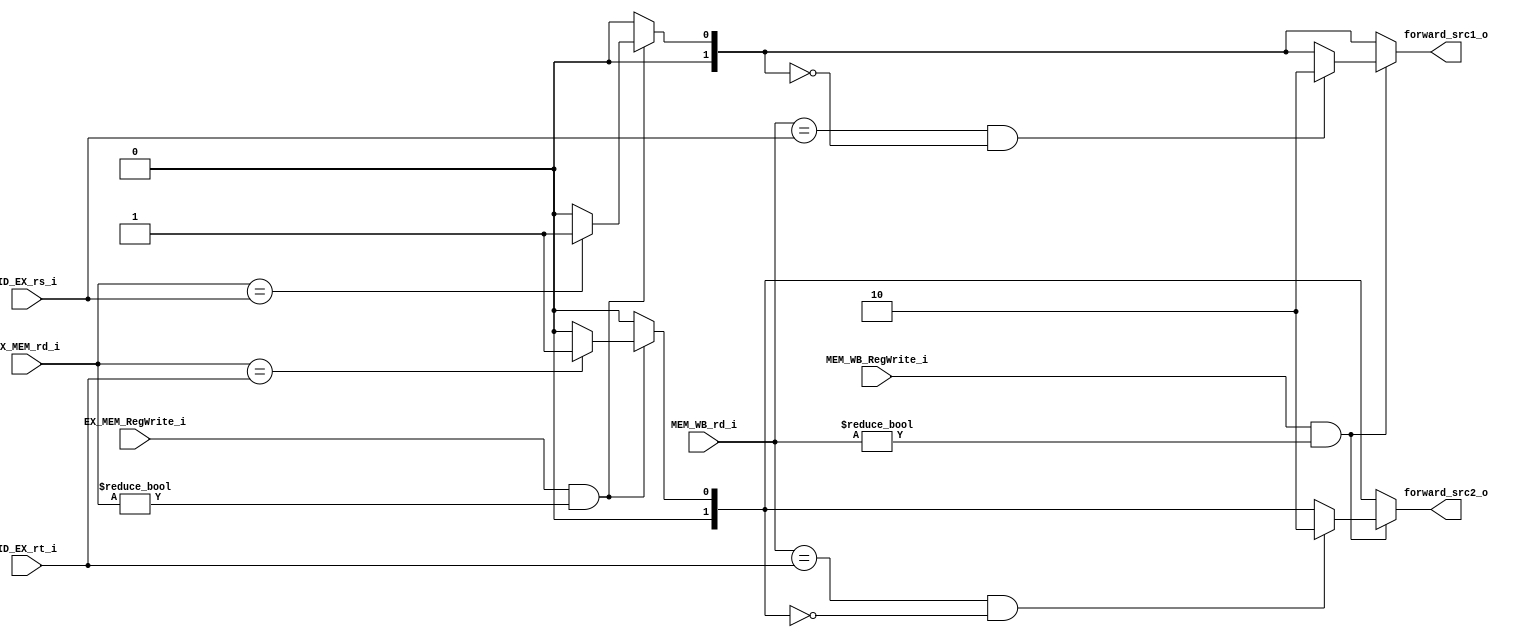
module Forwarding(
	EX_MEM_rd_i,
	EX_MEM_RegWrite_i,
	MEM_WB_rd_i,
	MEM_WB_RegWrite_i,
	ID_EX_rs_i,
	ID_EX_rt_i,
	forward_src1_o,
	forward_src2_o
	);
     
//I/O ports
input  [5-1:0]  EX_MEM_rd_i, MEM_WB_rd_i, ID_EX_rs_i, ID_EX_rt_i;
input	EX_MEM_RegWrite_i, MEM_WB_RegWrite_i;
output [2-1:0]  forward_src1_o, forward_src2_o;

//Internal signals
reg 	forward_src1_o, forward_src2_o;

//Parameter

//Main function
always @(EX_MEM_rd_i, MEM_WB_rd_i, ID_EX_rs_i, ID_EX_rt_i, EX_MEM_RegWrite_i, MEM_WB_RegWrite_i) begin
	//initialize
	forward_src1_o = 2'b00; forward_src2_o = 2'b00;
	//EX hazard
	if(EX_MEM_RegWrite_i&&EX_MEM_rd_i!=0) begin
		if(EX_MEM_rd_i==ID_EX_rs_i) forward_src1_o=2'b01;
		if(EX_MEM_rd_i==ID_EX_rt_i) forward_src2_o=2'b01;
	end
	if(MEM_WB_RegWrite_i&&MEM_WB_rd_i!=0) begin
		if(MEM_WB_rd_i==ID_EX_rs_i && forward_src1_o==2'b00) forward_src1_o=2'b10;
		if(MEM_WB_rd_i==ID_EX_rt_i && forward_src2_o==2'b00) forward_src2_o=2'b10;
	end
end

endmodule